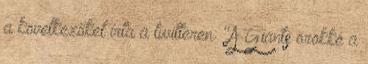
a következőket írta a twitteren: "A Giants örökké a